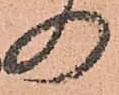
の